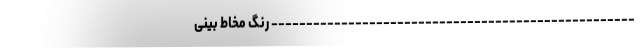
---------------------------------------------------- رنگ مخاط بینی